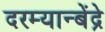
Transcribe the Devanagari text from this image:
दरम्यान्बेंद्रे